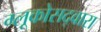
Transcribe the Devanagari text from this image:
ग्लूकोसद्वारा